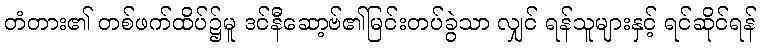
တံတား၏ တစ်ဖက်ထိပ်၌မူ ဒင်နီဆော့ဗ်၏မြင်းတပ်ခွဲသာ လျှင် ရန်သူများနှင့် ရင်ဆိုင်ရန်